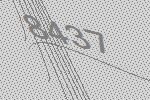
8437